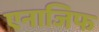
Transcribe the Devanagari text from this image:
एनाजिफ